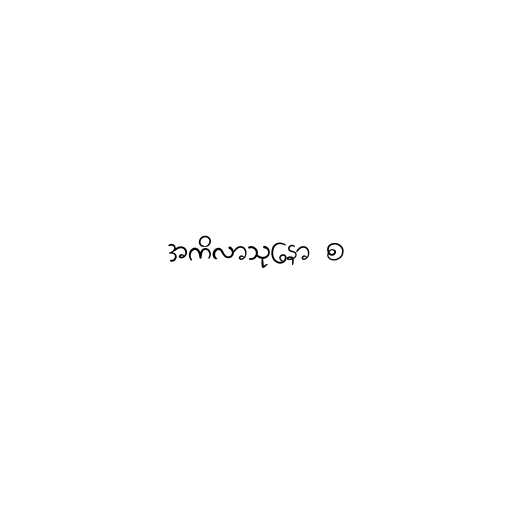
အကိလာသုနော စ